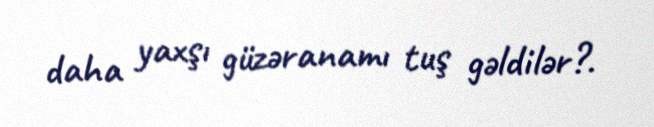
daha yaxşı güzəranamı tuş gəldilər?.